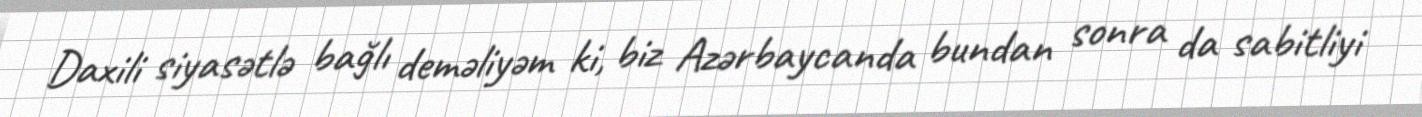
Daxili siyasətlə bağlı deməliyəm ki, biz Azərbaycanda bundan sonra da sabitliyi